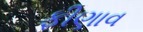
ફીણાવ